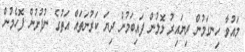
މައުވާ ހިނގަމުން ދިޔައިރު ލޮލުން ފައިބަމުން ދިޔަ ކަރުނަތައް އަތުގެ ނުފުށުން ފޮހެމުން